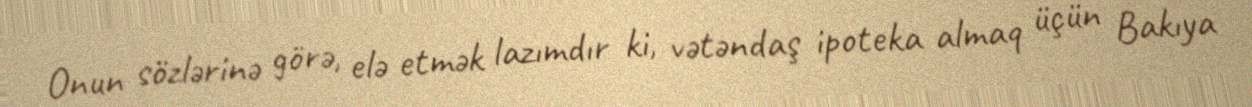
Onun sözlərinə görə, elə etmək lazımdır ki, vətəndaş ipoteka almaq üçün Bakıya